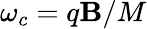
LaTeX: \omega_{c}=q\mathbf{B}/M